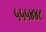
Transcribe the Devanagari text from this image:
५५५४४८